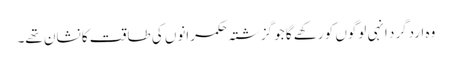
وہ اردگرد انہی لوگوں کو رکھے گا جو گزشتہ حکمرانوں کی طاقت کا نشان تھے۔